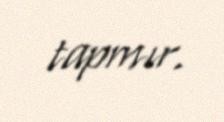
tapmır.